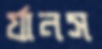
র‍্যানস